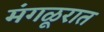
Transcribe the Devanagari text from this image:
मंगळूरात